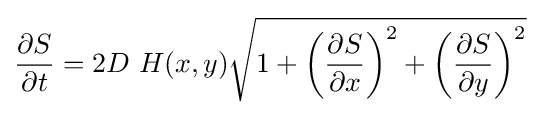
{\frac {\partial S}{\partial t}}=2D\ H(x,y){\sqrt {1+\left({\frac {\partial S}{\partial x}}\right)^{2}+\left({\frac {\partial S}{\partial y}}\right)^{2}}}